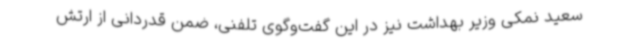
سعید نمکی وزیر بهداشت نیز در این گفت‌وگوی تلفنی، ضمن قدردانی از ارتش